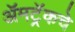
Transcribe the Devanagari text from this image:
ॲमट्रॅकचे